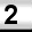
Digit: 2